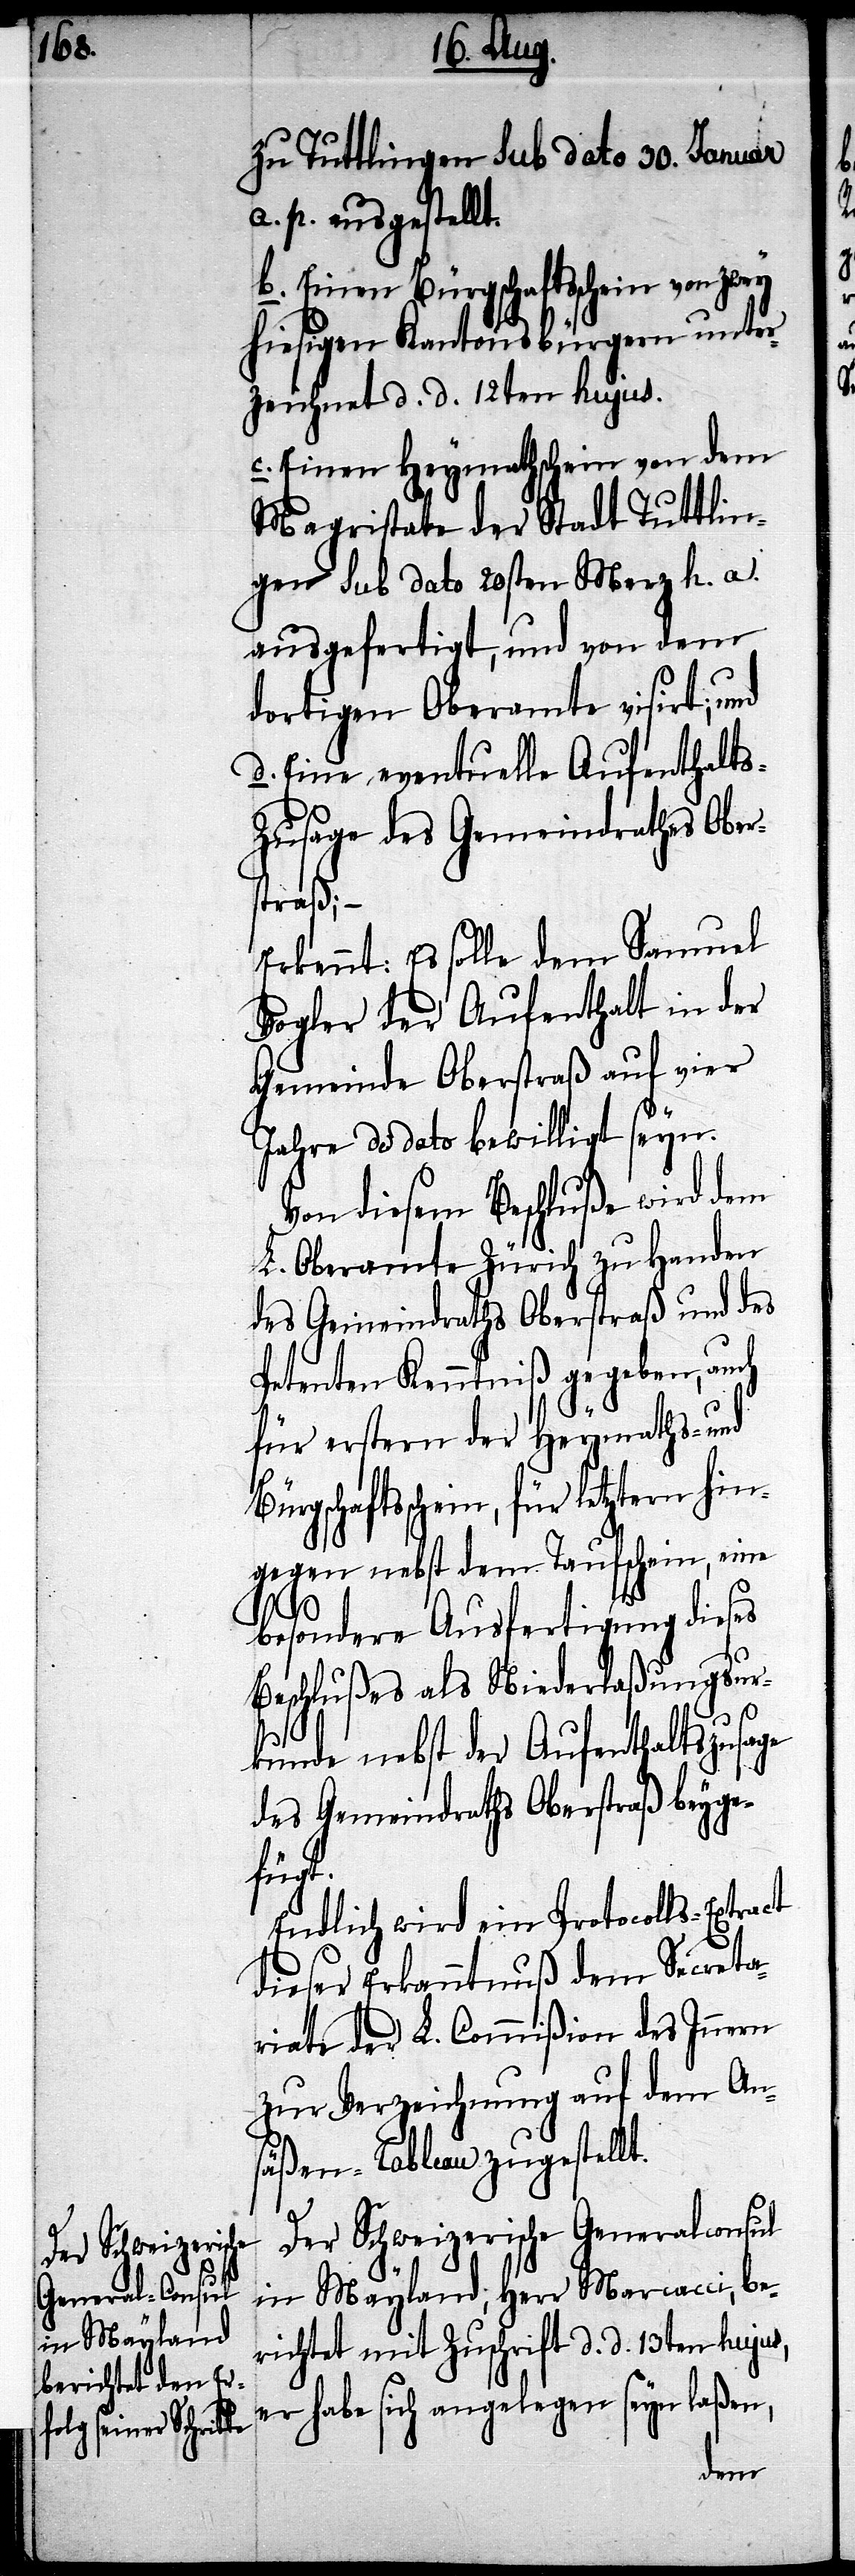
zu Tuttlingen sub dato 30. Januar
a. p. ausgestellt.
b. Einen Bürgschaftsschein von zwey
hiesigen Kantonsbürgern unter¬
zeichnet d. d. 12ten hujus.
c. Einen Heymathschein von dem
Magistrate der Stadt Tuttlin¬
gen sub dato 20sten Merz h. a.
ausgefertigt, und von dem
dortigen Oberamte visirt; und
d. Eine eventuelle Aufenthalts¬
zusage des Gemeindrathes Obers¬
traß; –
Erkennt: Es solle dem Samuel
Vogler der Aufenthalt in der
Gemeinde Oberstraß auf vier
Jahre de dato bewilligt seyn.
Von diesem Beschluße wird dem
L. Oberamte Zürich zu Handen
des Gemeindraths Oberstraß und des
Petenten Kenntniß gegeben, auch
für erstern der Heymaths- und
Bürgschaftsschein, für letztern hin¬
gegen nebst dem Taufschein, eine
besondere Ausfertigung dieses
Beschlußes als Niederlaßungsur¬
kunde nebst der Aufenthaltszusage
des Gemeindraths Oberstraß beyge¬
fügt.
Endlich wird ein Protocolls-Extract
dieser Erkanntnuß dem Secreta¬
riate der L. Commißion des Innern
zur Verzeichnung auf dem An¬
säßen-Tableau zugestellt.
Der Schweizerische Generalconsul
in Mayland, Herr Marcacci, be¬
richtet mit Zuschrift d. d. 13ten hujus,
er habe sich angelegen seyn laßen,